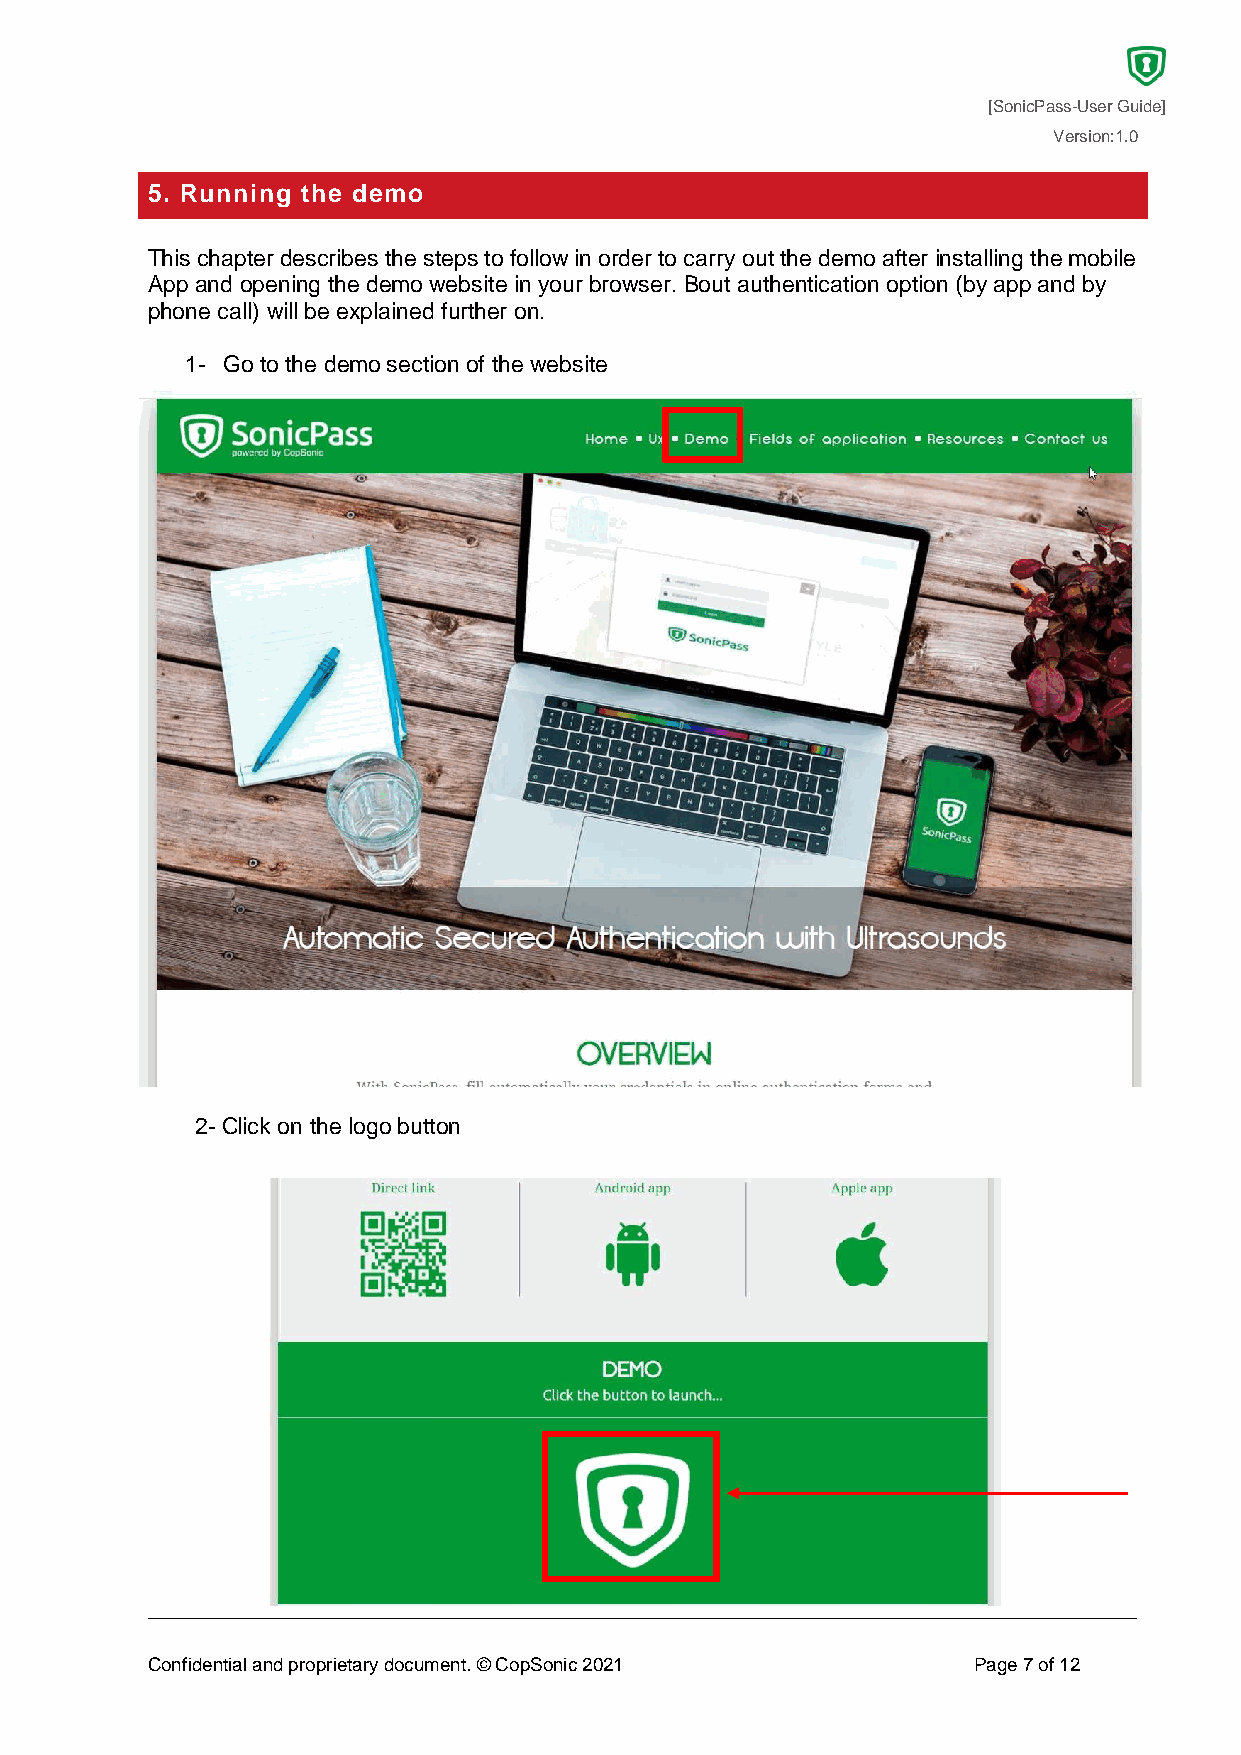
[SonicPass-User Guide]
 Version:1.0
 5. Running the demo
 This chapter describes the steps to follow in order to carry out the demo after installing the mobile
 App and opening the demo website in your browser. Bout authentication option (by app and by
 phone call) will be explained further on.
 1- Go to the demo section of the website
 2- Click on the logo button
 Confidential and proprietary document. © CopSonic 2021 Page 7 of 12